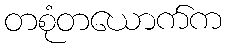
တစုံတယောက်က